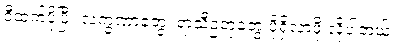
ဒီထက်ပိုပြီး လက္ခဏာတွေ၊ ရာသီဥတုတွေ ပိုရှိလာဖို့ လိုပါတယ်။